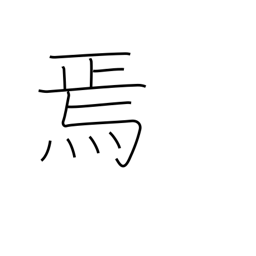
Meaning: then